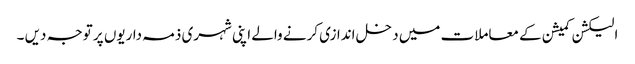
الیکشن کمیشن کے معاملات میں دخل اندازی کرنے والے اپنی شہری ذمہ داریوں پر توجہ دیں ۔